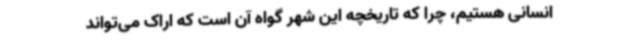
انسانی هستیم، چرا که تاریخچه این شهر گواه آن‌ است که اراک می‌تواند